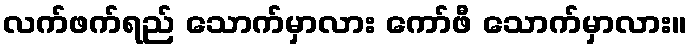
လက်ဖက်ရည် သောက်မှာလား ကော်ဖီ သောက်မှာလား။